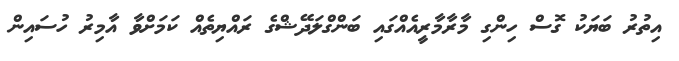
އިތުރު ބަޔަކު ގޮސް ހިންގި މާރާމާރީއެއްގައި ބަންގްލަދޭޝްގެ ރައްޔިތެއް ކަމަށްވާ އާމިރު ހުސައިން